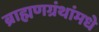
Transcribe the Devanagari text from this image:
ब्राह्मणग्रंथांमधे